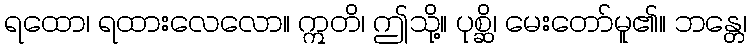
ရထော၊ ရထားလေလော။ ဣတိ၊ ဤသို့။ ပုစ္ဆိ၊ မေးတော်မူ၏။ ဘန္တေ၊